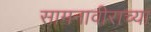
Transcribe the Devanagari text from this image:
सामनावीराच्या